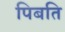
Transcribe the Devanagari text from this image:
पिबति